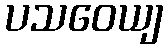
ပသဝေယျ